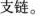
支链。